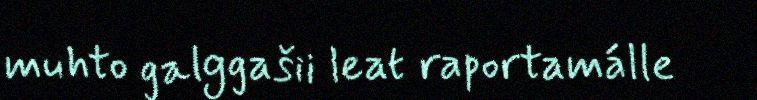
muhto galggašii leat raportamálle